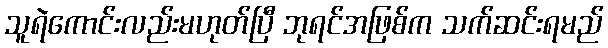
သူရဲကောင်းလည်းမဟုတ်ပြီ ဘုရင်အဖြစ်က သက်ဆင်းရမည်